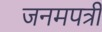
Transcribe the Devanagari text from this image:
जनमपत्री